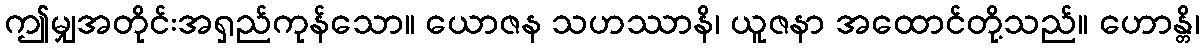
ဤမျှအတိုင်းအရှည်ကုန်သော။ ယောဇန သဟဿာနိ၊ ယူဇနာ အထောင်တို့သည်။ ဟောန္တိ၊